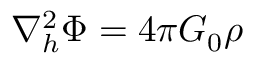
\nabla _ { h } ^ { 2 } \Phi = 4 \pi G _ { 0 } \rho